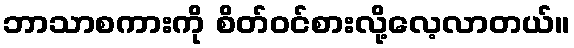
ဘာသာစကားကို စိတ်ဝင်စားလို့လေ့လာတယ်။